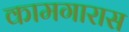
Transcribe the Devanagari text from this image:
कामगारास